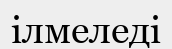
ілмеледі